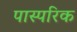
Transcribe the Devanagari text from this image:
पास्‍परिक